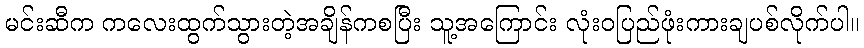
မင်းဆီက ကလေးထွက်သွားတဲ့အချိန်ကစပြီး သူ့အကြောင်း လုံးဝပြည်ဖုံးကားချပစ်လိုက်ပါ။